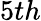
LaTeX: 5th